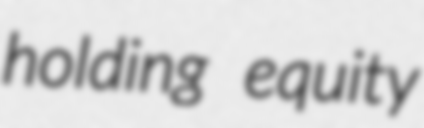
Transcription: holding equity